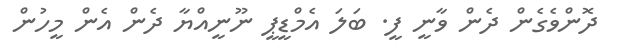
ދޮންވެގެން ދެން ވާނީ ފީ. ބަލަ އެމްޑީޕީ ނޫނީއްޔާ ދެން އެން މީހުން